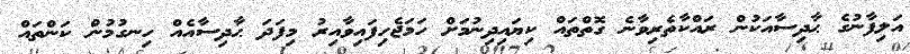
އަލިފާނުގެ ޙާދިސާއަކުން ރައްކާތެރިވާނެ ގޮތްތައް ކިޔައިދިނުމަށް ހަމަޖެހިފައިވާއިރު މިފަދަ ޙާދިސާއެއް ހިނގުމުން ކަންތައް